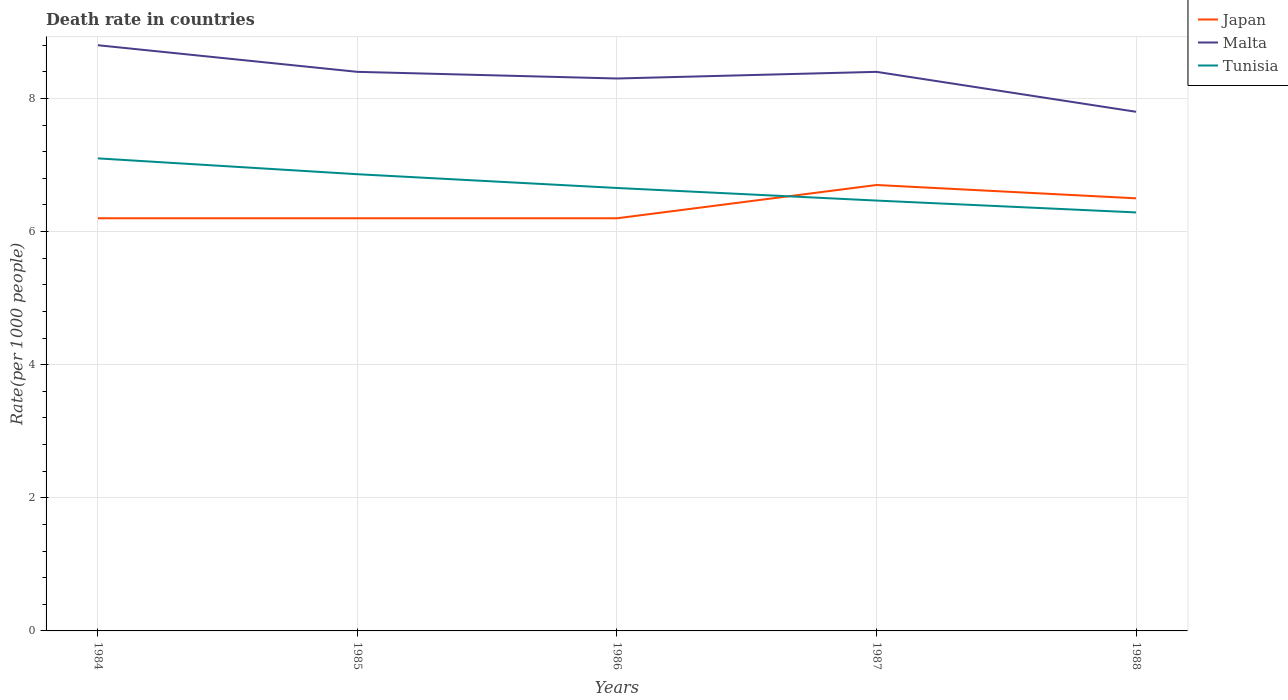
| Years | Japan | Malta | Tunisia |
 | --- | --- | --- | --- |
 | 1984 | 6.2 | 8.8 | 7.1 |
 | 1985 | 6.2 | 8.4 | 6.86 |
 | 1986 | 6.2 | 8.3 | 6.66 |
 | 1987 | 6.7 | 8.4 | 6.47 |
 | 1988 | 6.5 | 7.8 | 6.29 |